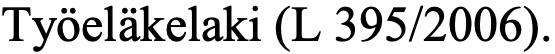
Työeläkelaki (L 395/2006).